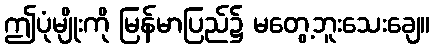
ဤပုံမျိုးကို မြန်မာပြည်၌ မတွေ့ဘူးသေးချေ။